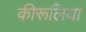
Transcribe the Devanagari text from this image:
कीरूलिया